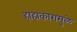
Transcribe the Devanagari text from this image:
हाहाकारामुळे